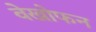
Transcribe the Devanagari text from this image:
वेखोफन